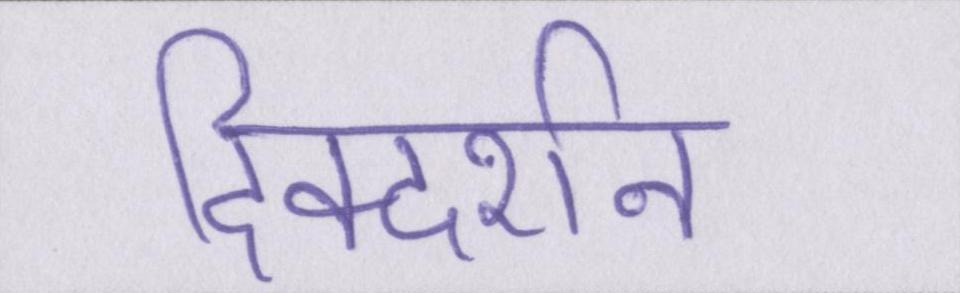
दिक्दर्शन